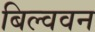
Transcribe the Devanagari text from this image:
बिल्ववन